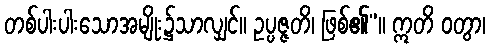
တစ်ပါးပါးသောအမျိုး၌သာလျှင်။ ဥပ္ပဇ္ဇတိ၊ ဖြစ်၏”။ ဣတိ ဝတွာ၊